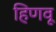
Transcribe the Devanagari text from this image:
हिणवू